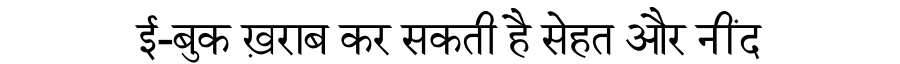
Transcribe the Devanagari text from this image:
ई-बुक ख़राब कर सकती है सेहत और नींद